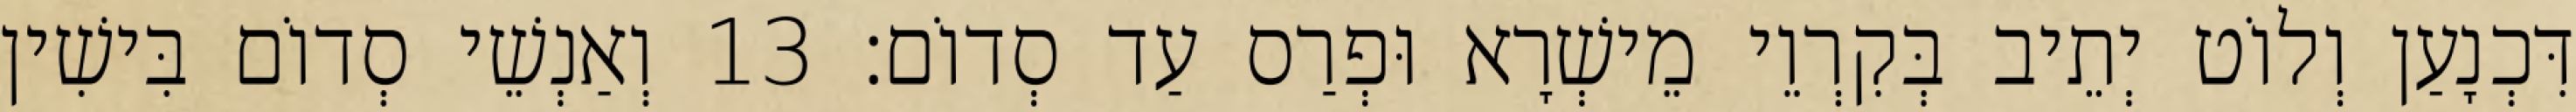
דִּכְנָעַן וְלוֹט יְתֵיב בְּקִרְוֵי מֵישְׁרָא וּפְרַס עַד סְדוֹם׃ 13 וְאַנְשֵׁי סְדוֹם בִּישִׁין